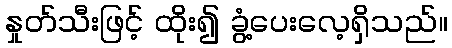
နှုတ်သီးဖြင့် ထိုး၍ ခွံ့ပေးလေ့ရှိသည်။